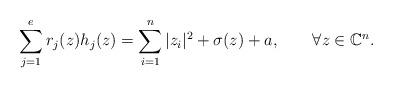
LaTeX: \begin{align*}\sum_{j=1}^e r_j(z) h_j(z) = \sum_{i=1}^n |z_i|^2 + \sigma(z)+a, ~~~~~~ \forall z\in \mathbb{C}^n.\end{align*}